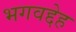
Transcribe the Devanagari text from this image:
भगवद्देह